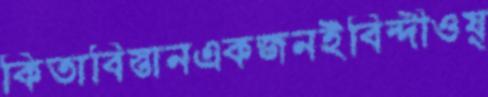
কিতাবিস্তানএকজনইবিন্দীওয়্